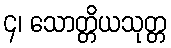
၄၊ သောတ္တိယသုတ္တ